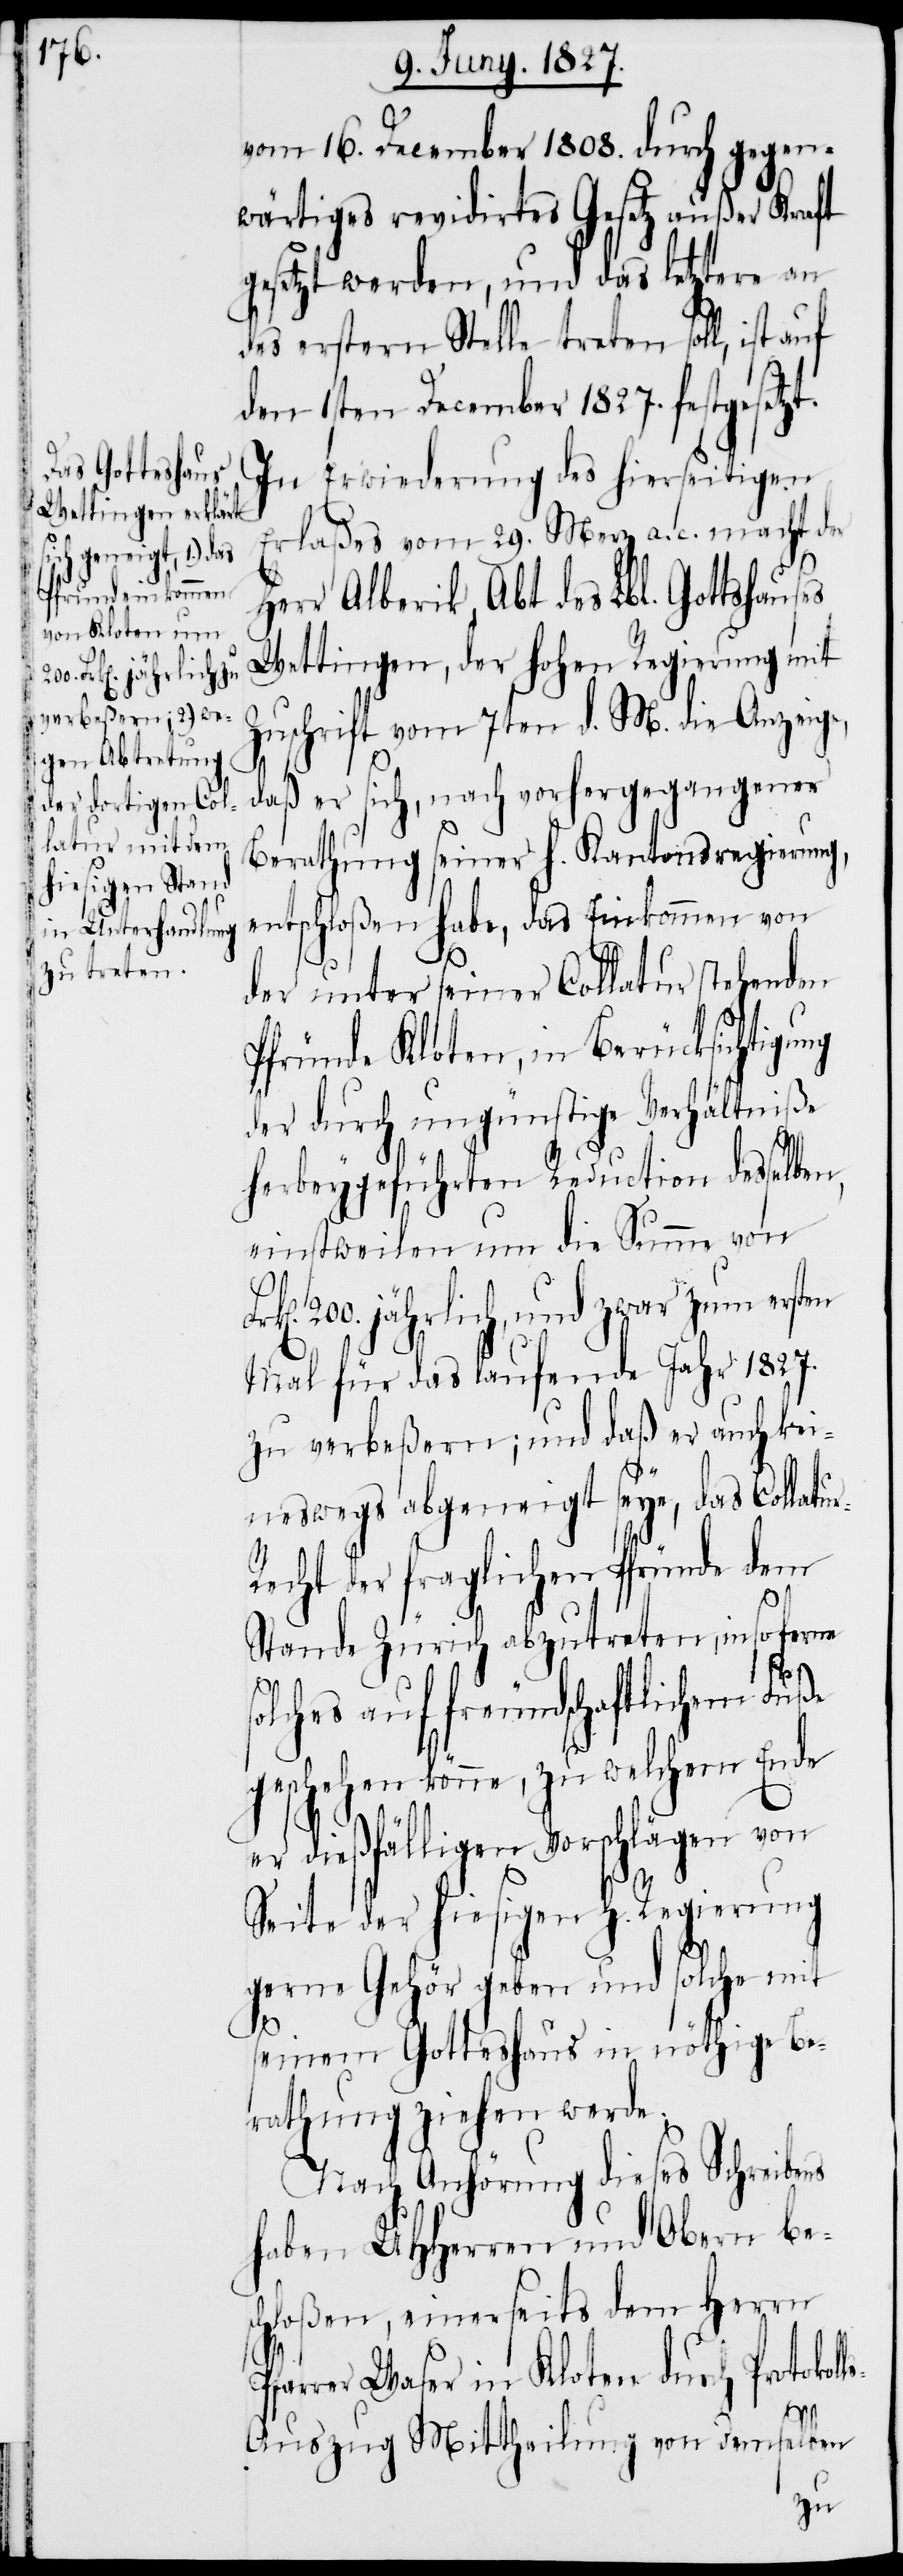
ns
vom 16. December 1808. durch gegen¬
wärtiges revidirtes Gesetz außer Kraft
gesetzt werden, und das letztere an
des erstern Stelle treten soll, ist
den 1sten December 1827. festgesetzt.
In Erwiederung des hierseitigen
Erlaßes vom 29. Merz a. c. macht der
Herr Alberik, Abt des Lbl. Gotteshau¬
Wettingen, der hohen Regierung mit
Zuschrift vom 7ten d. M. die Anzeige,
daß er sich, nach vorhergegangener
Berathung seiner h. Kantonsregierung,
entschloßen habe, das Einkommen von
der unter seiner Collatur stehenden
Pfründe Kloten, in Berücksichtigung
der durch ungünstige Verhältniße
herbeygeführten Reduction desselbe¬
einstweilen um die Summe von
n,
200. jährlich, und zwar zum ersten
Mal für das laufende Jahr 1827.
zu verbeßern; und daß er auch kei¬
neswegs abgeneigt seye, das Collatu¬
echt der fraglichen Pfründe dem
Stande Zürich abzutreten, insoferne
solches auf freundschaftlichem Fuße
geschehen könne, zu welchem Ende
er dießfälligen Vorschlägen von
Seite der hiesigen H. Regierung
ses
gerne Gehör geben und solche mit
seinem Gotteshaus in nöthige Be¬
rathung ziehen werde.
Nach Anhörung dieses Schreibe¬
haben UHHerren und Obern be¬
schloßen, einerseits dem Herrn
Pfarrer Waser in Kloten durch Protokol¬
ls-A¬
uszug Mittheilung von demselben